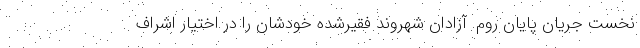
نخست جریان پایان روم. آزادان شهروند فقیرشده خودشان را در اختیار اشراف